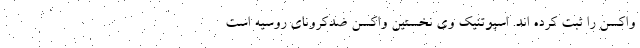
واکسن را ثبت کرده اند. اسپوتنیک وی نخستین واکسن ضدکرونای روسیه است